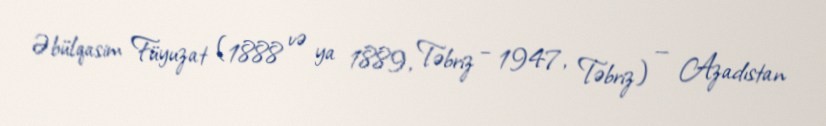
Əbülqasim Füyuzat (1888 və ya 1889, Təbriz – 1947, Təbriz) — Azadıstan